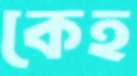
কেহ